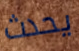
يحدث